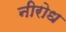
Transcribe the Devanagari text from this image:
नीरोध